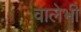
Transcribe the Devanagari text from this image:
वालेभी